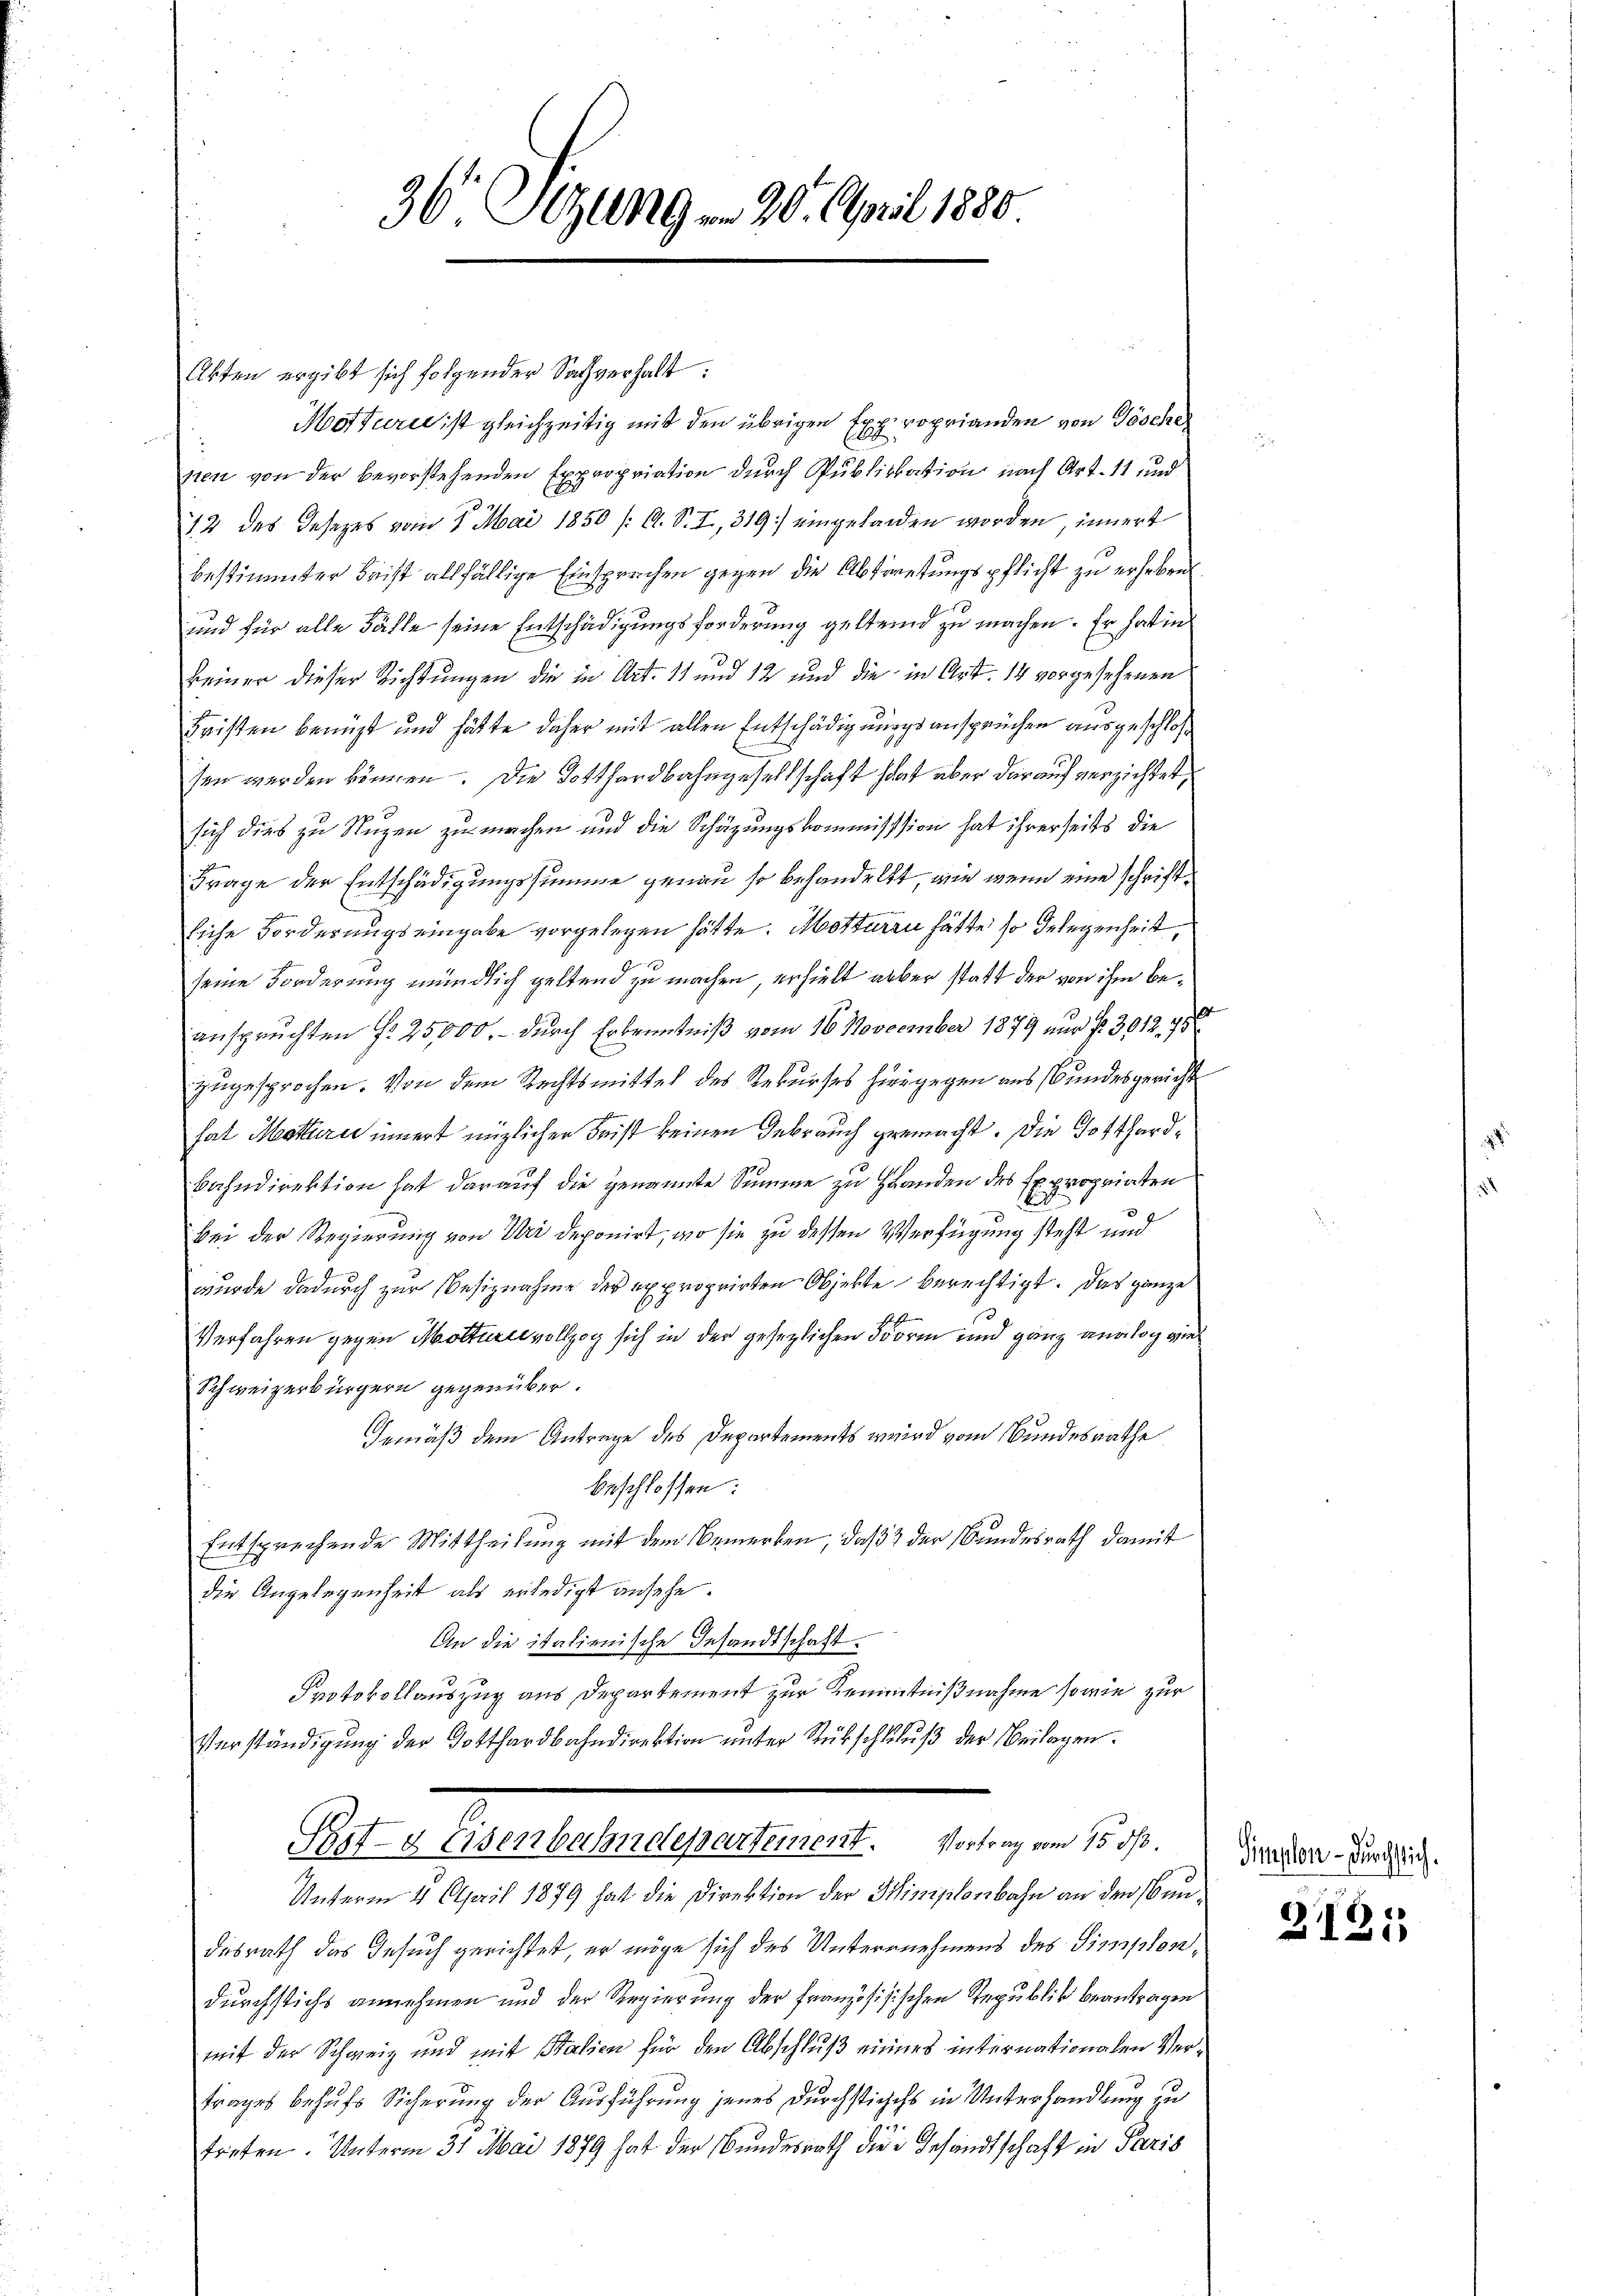
36 Atzungen 20. April 1880

Akten ergibt sich folgender Sachverhalt:
Mottura ist gleichzeitig mit den übrigen Exproprianden von Gösche
nien von der bevorstehenden Expropriation durch Publikation nach Art. 11 und
12 des Jesezes vom 1. Mai 1850 /: A. S. I, 319.) eingelanden worden, innert
bestimmter Beist allfällige Einsprechen gegen die Abtretungspflicht zu erheben.
und für alle Fälle seine Entschädigungsforderung geltend zu machen. Er hat in
keiner dieser Richtungen die in Art. 11 und 12 und die in Art. 14 vorgesehenen
Fristen benuzt und hätte daher mit allen Entschädigungsansprüchen ausgeschloß
sen werden können. Die Totthardbahngesellschaft hat aber dar auf verzichtet,
sich dies zu Nuzen zu machen und die Schüzungskommisssion hat ihrerseits die
Frage der Entschädigungssumme genau so behandelt, wie wenn eine schriftliche Forderungseingabe vorgelegen hätte. Mottaren hätte so gelegenheit,
seine Forderung mündlich geltend zu machen, erhielt aber statt der von ihm beanspruchten §. 25,000.- durch Erkenntniß vom 16. November 1879 nur fr. 3012. 75
zugesprochen. Von dem Rechtsmittel des Rekurses hiergegen aus Bundesgericht
hat Mattire innert englicher Frist keinen Gebrauch gemacht. Die Gotthardbahndirektion hat darauf die genannte Summe zu Handen des Expropriaten
bei der Regierung von Uri deponirt, wo sie zu dessen Verfügung steht und
wurde dadurch zur Besiznahme der exproprirten Objekte berechtigt. Das ganze
Verfahren gegen Motturer vollzog sich in der gesezlichen Form und ganz analog viel
Schweizerbürgern gegenüber.
Gemäß dem Antrage des Departements wird vom Bundesrathe
beschlossen:
Entsprechende Mittheilung mit dem Bemerken, daß 2 der Bundesrath damit
die Angelegenheit als erledigt ansehe.
An die italienische Gesandtschaft
Protokollauszug aus Departement zur Kenntnißnahme sowie zur
Verständigung der Gotthardbahndirektion ŭnter Rückschlŭβ der Beilagen.
Prst- & Eisenbahndepartement. Vortrag vom 15. ds.
Unterm 4 April 1879 hat die Direktion der Ministenbahn an den Bundesrath das Gesuch gerichtet, er möge sich des Unternehmens des Simplondurchstichs annehmen und der Regierung der Französisischen Republik beantragen
mit der Schweiz und mit talien für den Abschluß eines internationalen Vertrages behufs Sicherung der Ausführung jenes durchstichs in Unterhandlung zu
treten. Unterm 31. Mai 1879 hat der Bundesrath die Gesandtschaft in Paris

Simplon - durchsich.

2131